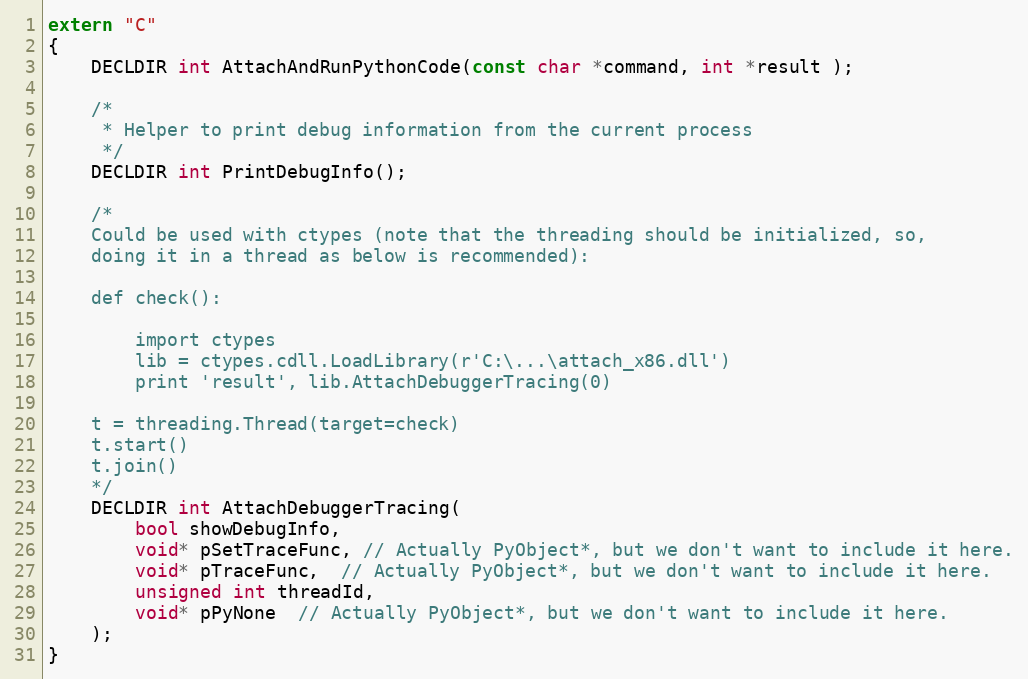
Language: C
extern "C"
{
    DECLDIR int AttachAndRunPythonCode(const char *command, int *result );

    /*
     * Helper to print debug information from the current process
     */
    DECLDIR int PrintDebugInfo();

    /*
    Could be used with ctypes (note that the threading should be initialized, so,
    doing it in a thread as below is recommended):

    def check():

        import ctypes
        lib = ctypes.cdll.LoadLibrary(r'C:\...\attach_x86.dll')
        print 'result', lib.AttachDebuggerTracing(0)

    t = threading.Thread(target=check)
    t.start()
    t.join()
    */
    DECLDIR int AttachDebuggerTracing(
        bool showDebugInfo,
        void* pSetTraceFunc, // Actually PyObject*, but we don't want to include it here.
        void* pTraceFunc,  // Actually PyObject*, but we don't want to include it here.
        unsigned int threadId,
        void* pPyNone  // Actually PyObject*, but we don't want to include it here.
    );
}